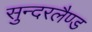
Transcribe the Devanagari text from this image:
सुन्दरलैण्ड